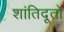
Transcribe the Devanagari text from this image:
शांतिदूतों